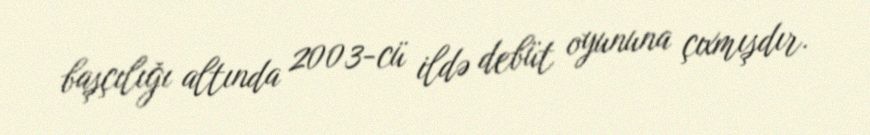
başçılığı altında 2003-cü ildə debüt oyununa çıxmışdır.